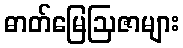
ဓာတ်မြေဩဇာများ